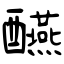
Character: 醼